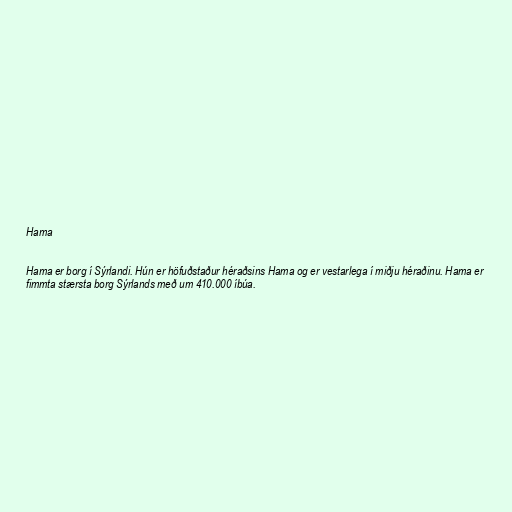
Hama

Hama er borg í Sýrlandi. Hún er höfuðstaður héraðsins Hama og er vestarlega í miðju héraðinu. Hama er
fimmta stærsta borg Sýrlands með um 410.000 íbúa.